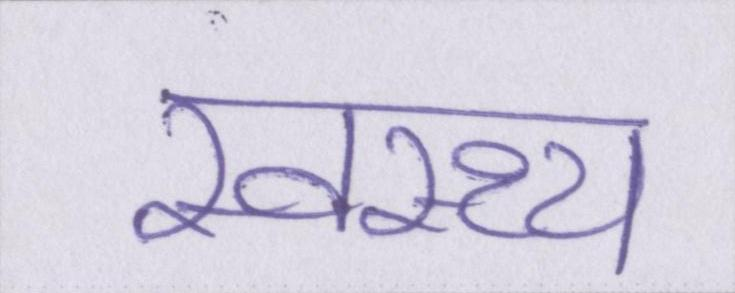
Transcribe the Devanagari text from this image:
स्वस्थ्य